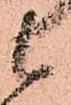
候